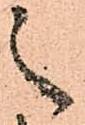
之